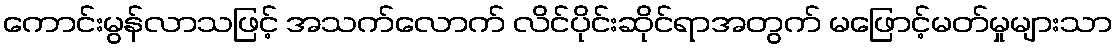
ကောင်းမွန်လာသဖြင့် အသက်လောက် လိင်ပိုင်းဆိုင်ရာအတွက် မဖြောင့်မတ်မှုများသာ